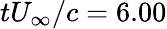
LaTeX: tU_{\infty}/c=6.00